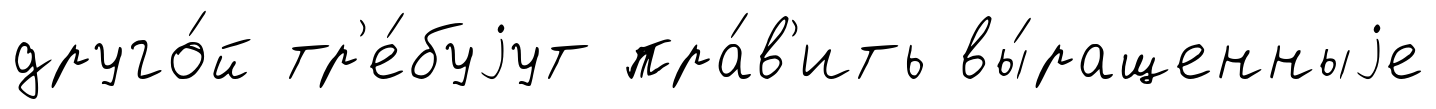
друго́й тр'е́буjут пра́в'ить вы́ращенныjе